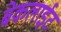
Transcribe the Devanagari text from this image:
बेकलाईट